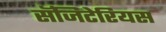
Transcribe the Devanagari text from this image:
सॅजिटेरियस